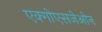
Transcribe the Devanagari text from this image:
एक्गोएसजेओन